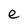
Character: e